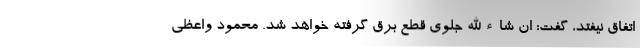
اتفاق نیفتد، گفت: ان شاءالله جلوی قطع برق گرفته خواهد شد. محمود واعظی